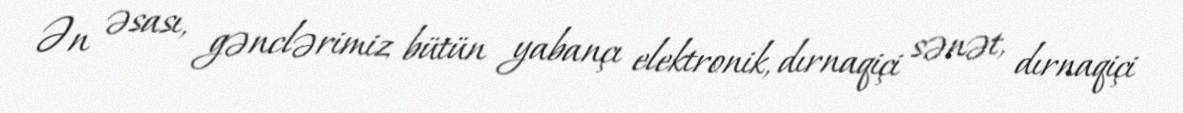
Ən əsası, gənclərimiz bütün yabançı elektronik, dırnaqiçi sənət, dırnaqiçi